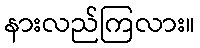
နားလည်ကြလား။